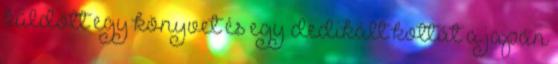
küldött egy könyvet és egy dedikált kottát a japán